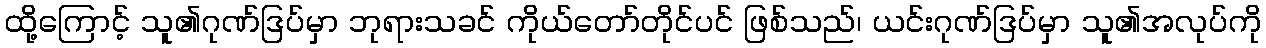
ထို့ကြောင့် သူ၏ဂုဏ်ဒြပ်မှာ ဘုရားသခင် ကိုယ်တော်တိုင်ပင် ဖြစ်သည်၊ ယင်းဂုဏ်ဒြပ်မှာ သူ၏အလုပ်ကို